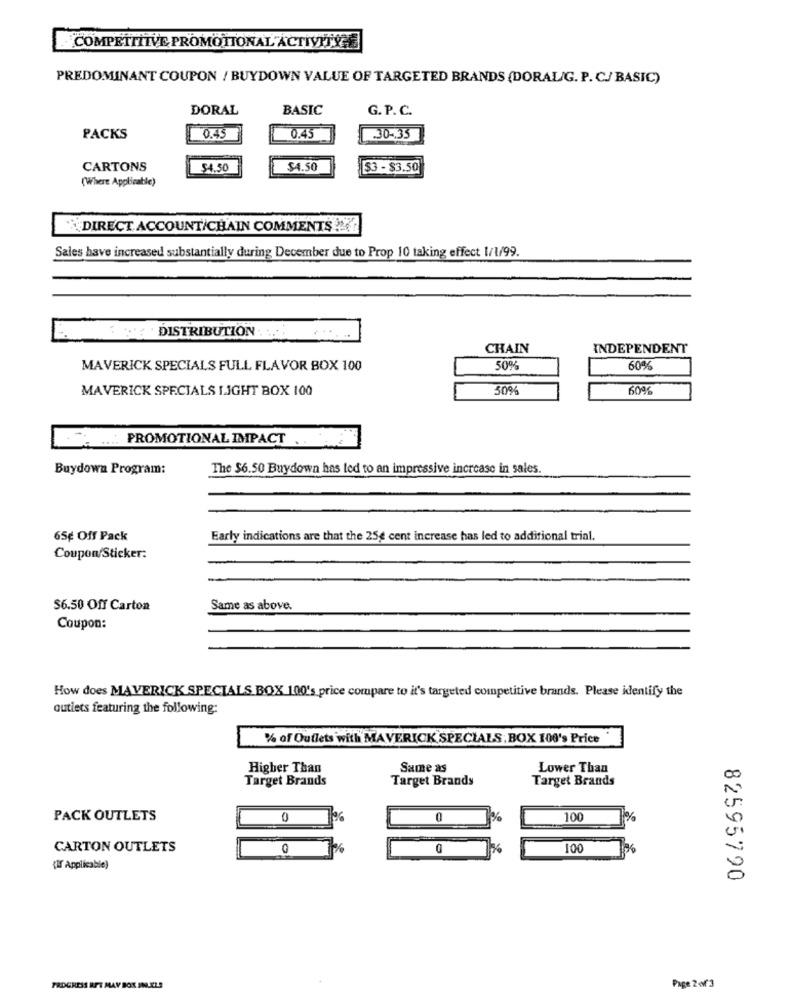
COMPETITIVE PROMOTIONAL ACTIVITYGE
PREDOMINANT COUPON / BUYDOWN VALUE OF TARGETED BRANDS (DORAL/G. P. C/ BASIC)
DORAL
BASIC
G. P. C.
PACKS
0.45
0.45
.. 30-33
CARTONS
54.50
$4.50
$3 - $3.50
(Where Applicable)
DIRECT ACCOUNT/CHAIN COMMENTS !!
Sales have increased substantially during December due to Prop 10 taking effect 1/1/99.
. DISTRIBUTION . ....
CHAIN
INDEPENDENT
MAVERICK SPECIALS FULL FLAVOR BOX 100
50%
60%
MAVERICK SPECIALS LIGHT BOX 100
50%
60%
. ... PROMOTIONAL IMPACT
Buydown Program:
The $6.50 Buydown has led to an impressive increase in sales.
65¢ Off Pack
Early indications are that the 25g cent increase has led to additional trial.
Coupon/Sticker:
$6.50 Off Carton
Same as above.
Coupon:
How does MAVERICK SPECIALS BOX 100's price compare to it's targeted competitive brands. Please identify the
outlets featuring the following:
% of Outlets with MAVERICK SPECIALS. BOX 100's Price
Higher Than
Same as
Lower Than
Target Brands
Target Brands
Target Brands
PACK OUTLETS
0
0
%
100
CARTON OUTLETS
0
%
100
{If Applicable)
82595790
PROGRESS BUT MAY BOX INLELS
Page 2 of 3